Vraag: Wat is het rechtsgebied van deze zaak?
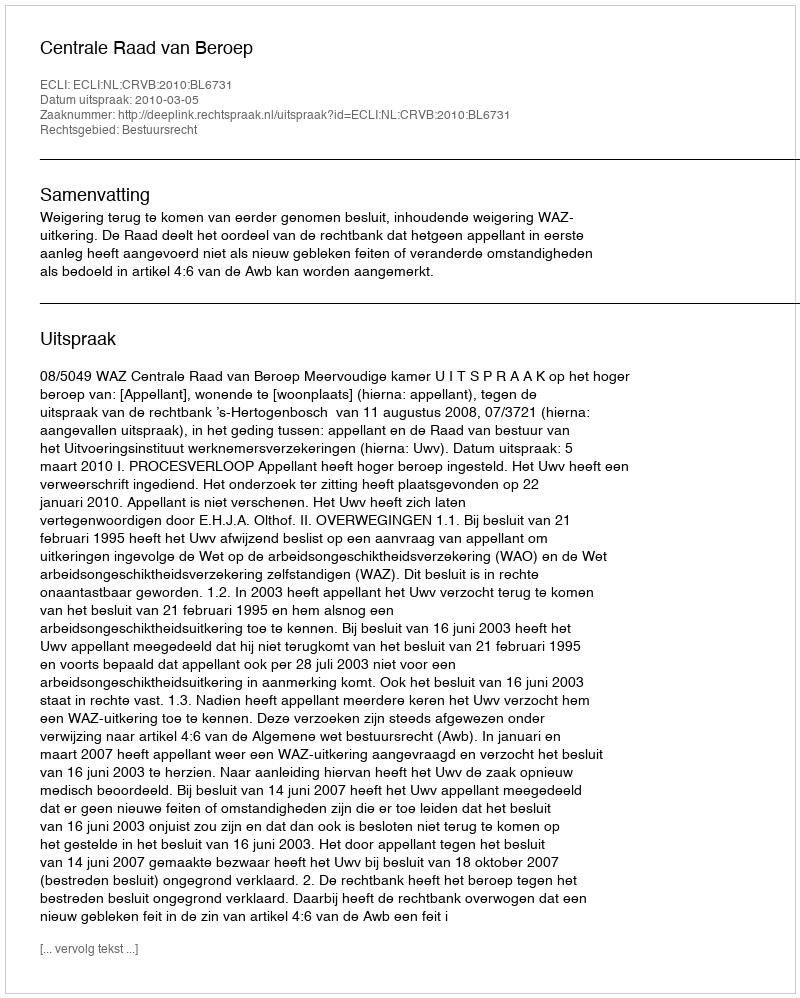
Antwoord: Bestuursrecht